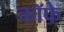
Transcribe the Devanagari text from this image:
कॉफे